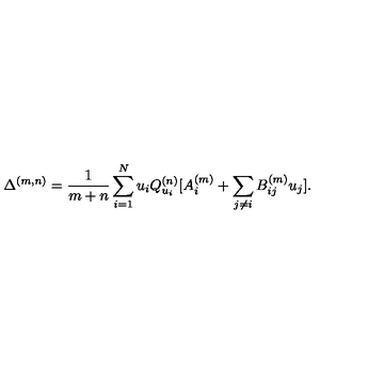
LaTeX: \Delta ^ { ( m , n ) } = \frac { 1 } { m + n } \sum _ { i = 1 } ^ { N } u _ { i } Q _ { u _ { i } } ^ { ( n ) } [ A _ { i } ^ { ( m ) } + \sum _ { j \neq i } B _ { i j } ^ { ( m ) } u _ { j } ] .